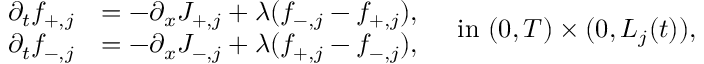
\begin{array} { r } { \begin{array} { r l } { \partial _ { t } f _ { + , j } } & { = - \partial _ { x } J _ { + , j } + \lambda ( f _ { - , j } - f _ { + , j } ) , } \\ { \partial _ { t } f _ { - , j } } & { = - \partial _ { x } J _ { - , j } + \lambda ( f _ { + , j } - f _ { - , j } ) , } \end{array} \quad \mathrm { i n ~ } ( 0 , T ) \times ( 0 , L _ { j } ( t ) ) , } \end{array}